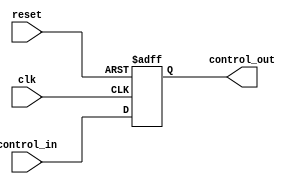
module ControlRegister #(
    parameter N = 8  // Size of the control register (number of bits)
)(
    input wire clk,                // Clock signal
    input wire reset,              // Asynchronous reset signal
    input wire [N-1:0] control_in, // Control input signals
    output reg [N-1:0] control_out // Control output signals
);

// Synchronous reset and control input capture
always @(posedge clk or posedge reset) begin
    if (reset) begin
        control_out <= {N{1'b0}};  // Clear the register on reset
    end else begin
        control_out <= control_in;  // Capture control inputs
    end
end

endmodule